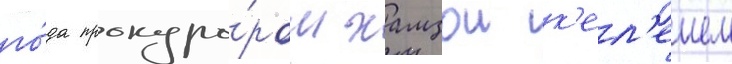
го́да прокуро́ром хамзои к'ел'ешем